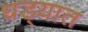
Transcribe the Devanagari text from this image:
धड्यात